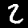
Label: 2